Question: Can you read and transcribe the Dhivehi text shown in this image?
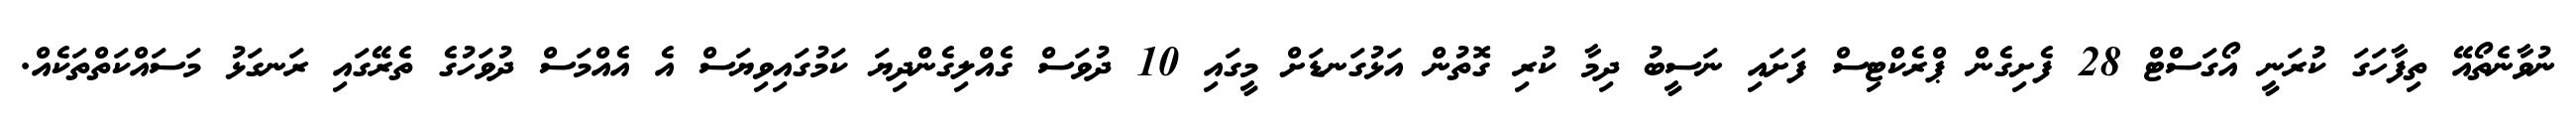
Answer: ނުވާނެތޯއޭ ތިފާހަގަ ކުރަނީ އޯގަސްޓް 28 ފެށިގެން ޕްރެކްޓިސް ފަށައި ނަސީބު ދިމާ ކުރި ގޮތުން އަޅުގަނޑަށް މީގައި 10 ދުވަސް ގެއްލިގެންދިޔަ ކަމުގައިވިޔަސް އެ އެއްމަސް ދުވަހުގެ ތެރޭގައި ރަނގަޅު މަސައްކަތްތަކެއް.